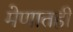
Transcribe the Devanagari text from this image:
मेणातही